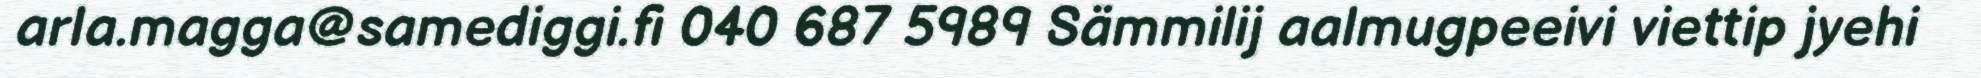
arla.magga@samediggi.fi 040 687 5989 Sämmilij aalmugpeeivi viettip jyehi